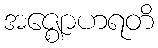
အဇ္ဈောဟရတိ